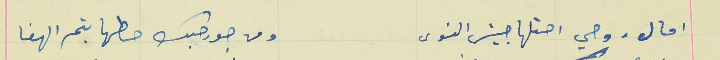
امال روحي احتلها جيش النوى                                       ومن جور حبك حطها بتم الهفا